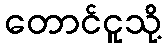
တောင်ငူသို့